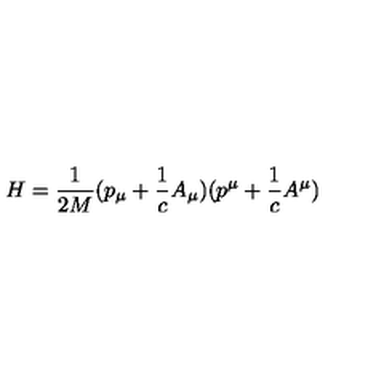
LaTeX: H = \frac { 1 } { 2 M } ( p _ { \mu } + \frac { 1 } { c } A _ { \mu } ) ( p ^ { \mu } + \frac { 1 } { c } A ^ { \mu } )